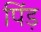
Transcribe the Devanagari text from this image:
पिंड़